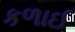
કળાઈ